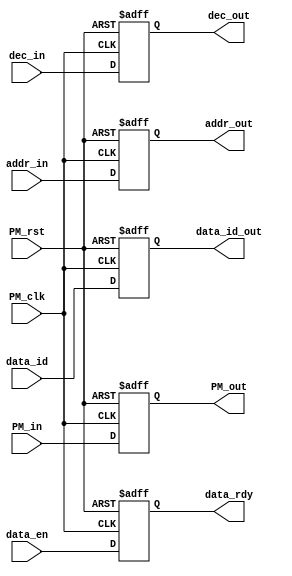
module PM_mem(data_id,
			  PM_clk,
			  PM_rst,
		      PM_in,
		      data_en,
		      addr_in,
		      dec_in,
		      PM_out,
		      addr_out,
		      data_rdy,
		      dec_out,
		      data_id_out);
	input PM_clk,PM_rst,dec_in,data_en;
	input [1:0] addr_in;
	input [2:0] data_id;
	input [6:0] PM_in;
	output dec_out,data_rdy;
	output [1:0] addr_out;
	output [2:0] data_id_out;
	output [6:0] PM_out;
	reg dec_out,data_rdy;
	reg [1:0] addr_out;
	reg [2:0] data_id_out;
	reg [6:0] PM_out;

	always @(posedge PM_clk or negedge PM_rst) begin
		if (!PM_rst) begin
			dec_out <= 1'b0;
			data_rdy <= 1'b0;
			addr_out <= 2'b00;
			PM_out <= 7'b0000000;
			data_id_out <= 3'b000;
		end
		else
		begin
			dec_out <= dec_in;
			data_rdy <= data_en;
			addr_out <= addr_in;
			PM_out <=PM_in;
			data_id_out <= data_id;
		end
	end

endmodule